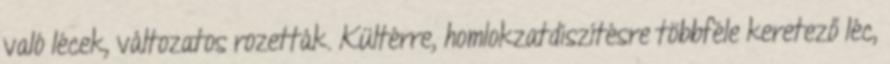
való lécek, változatos rozetták. Kültérre, homlokzatdíszítésre többféle keretező léc,